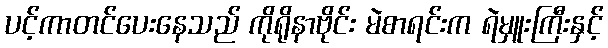
ပင့်ကာတင်ပေးနေသည် ကိုရိုနာဗိုင်း မဲစာရင်းက ရဲမှူးကြီးနှင့်